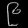
Digit: ၉